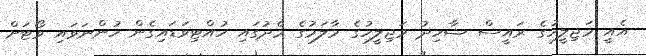
އެއީ މަޖިލީހުގެ ރައީސް ޝާހިދު މަޖިލީހުގެ މާލަމުގެ މެދުގައި ހުއްޓިވަޑައިގެން ހުންނަވައި ވޯޓަށް